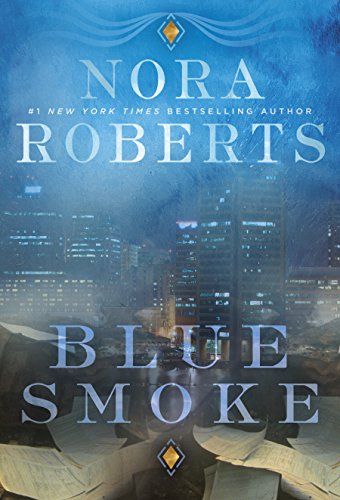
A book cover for Blue Smoke; Nora Roberts; Romance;